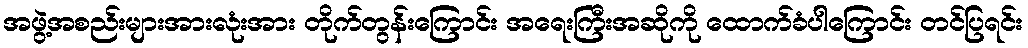
အဖွဲ့အစည်းများအားလုံးအား တိုက်တွန်းကြောင်း အရေးကြီးအဆိုကို ထောက်ခံပါကြောင်း တင်ပြရင်း